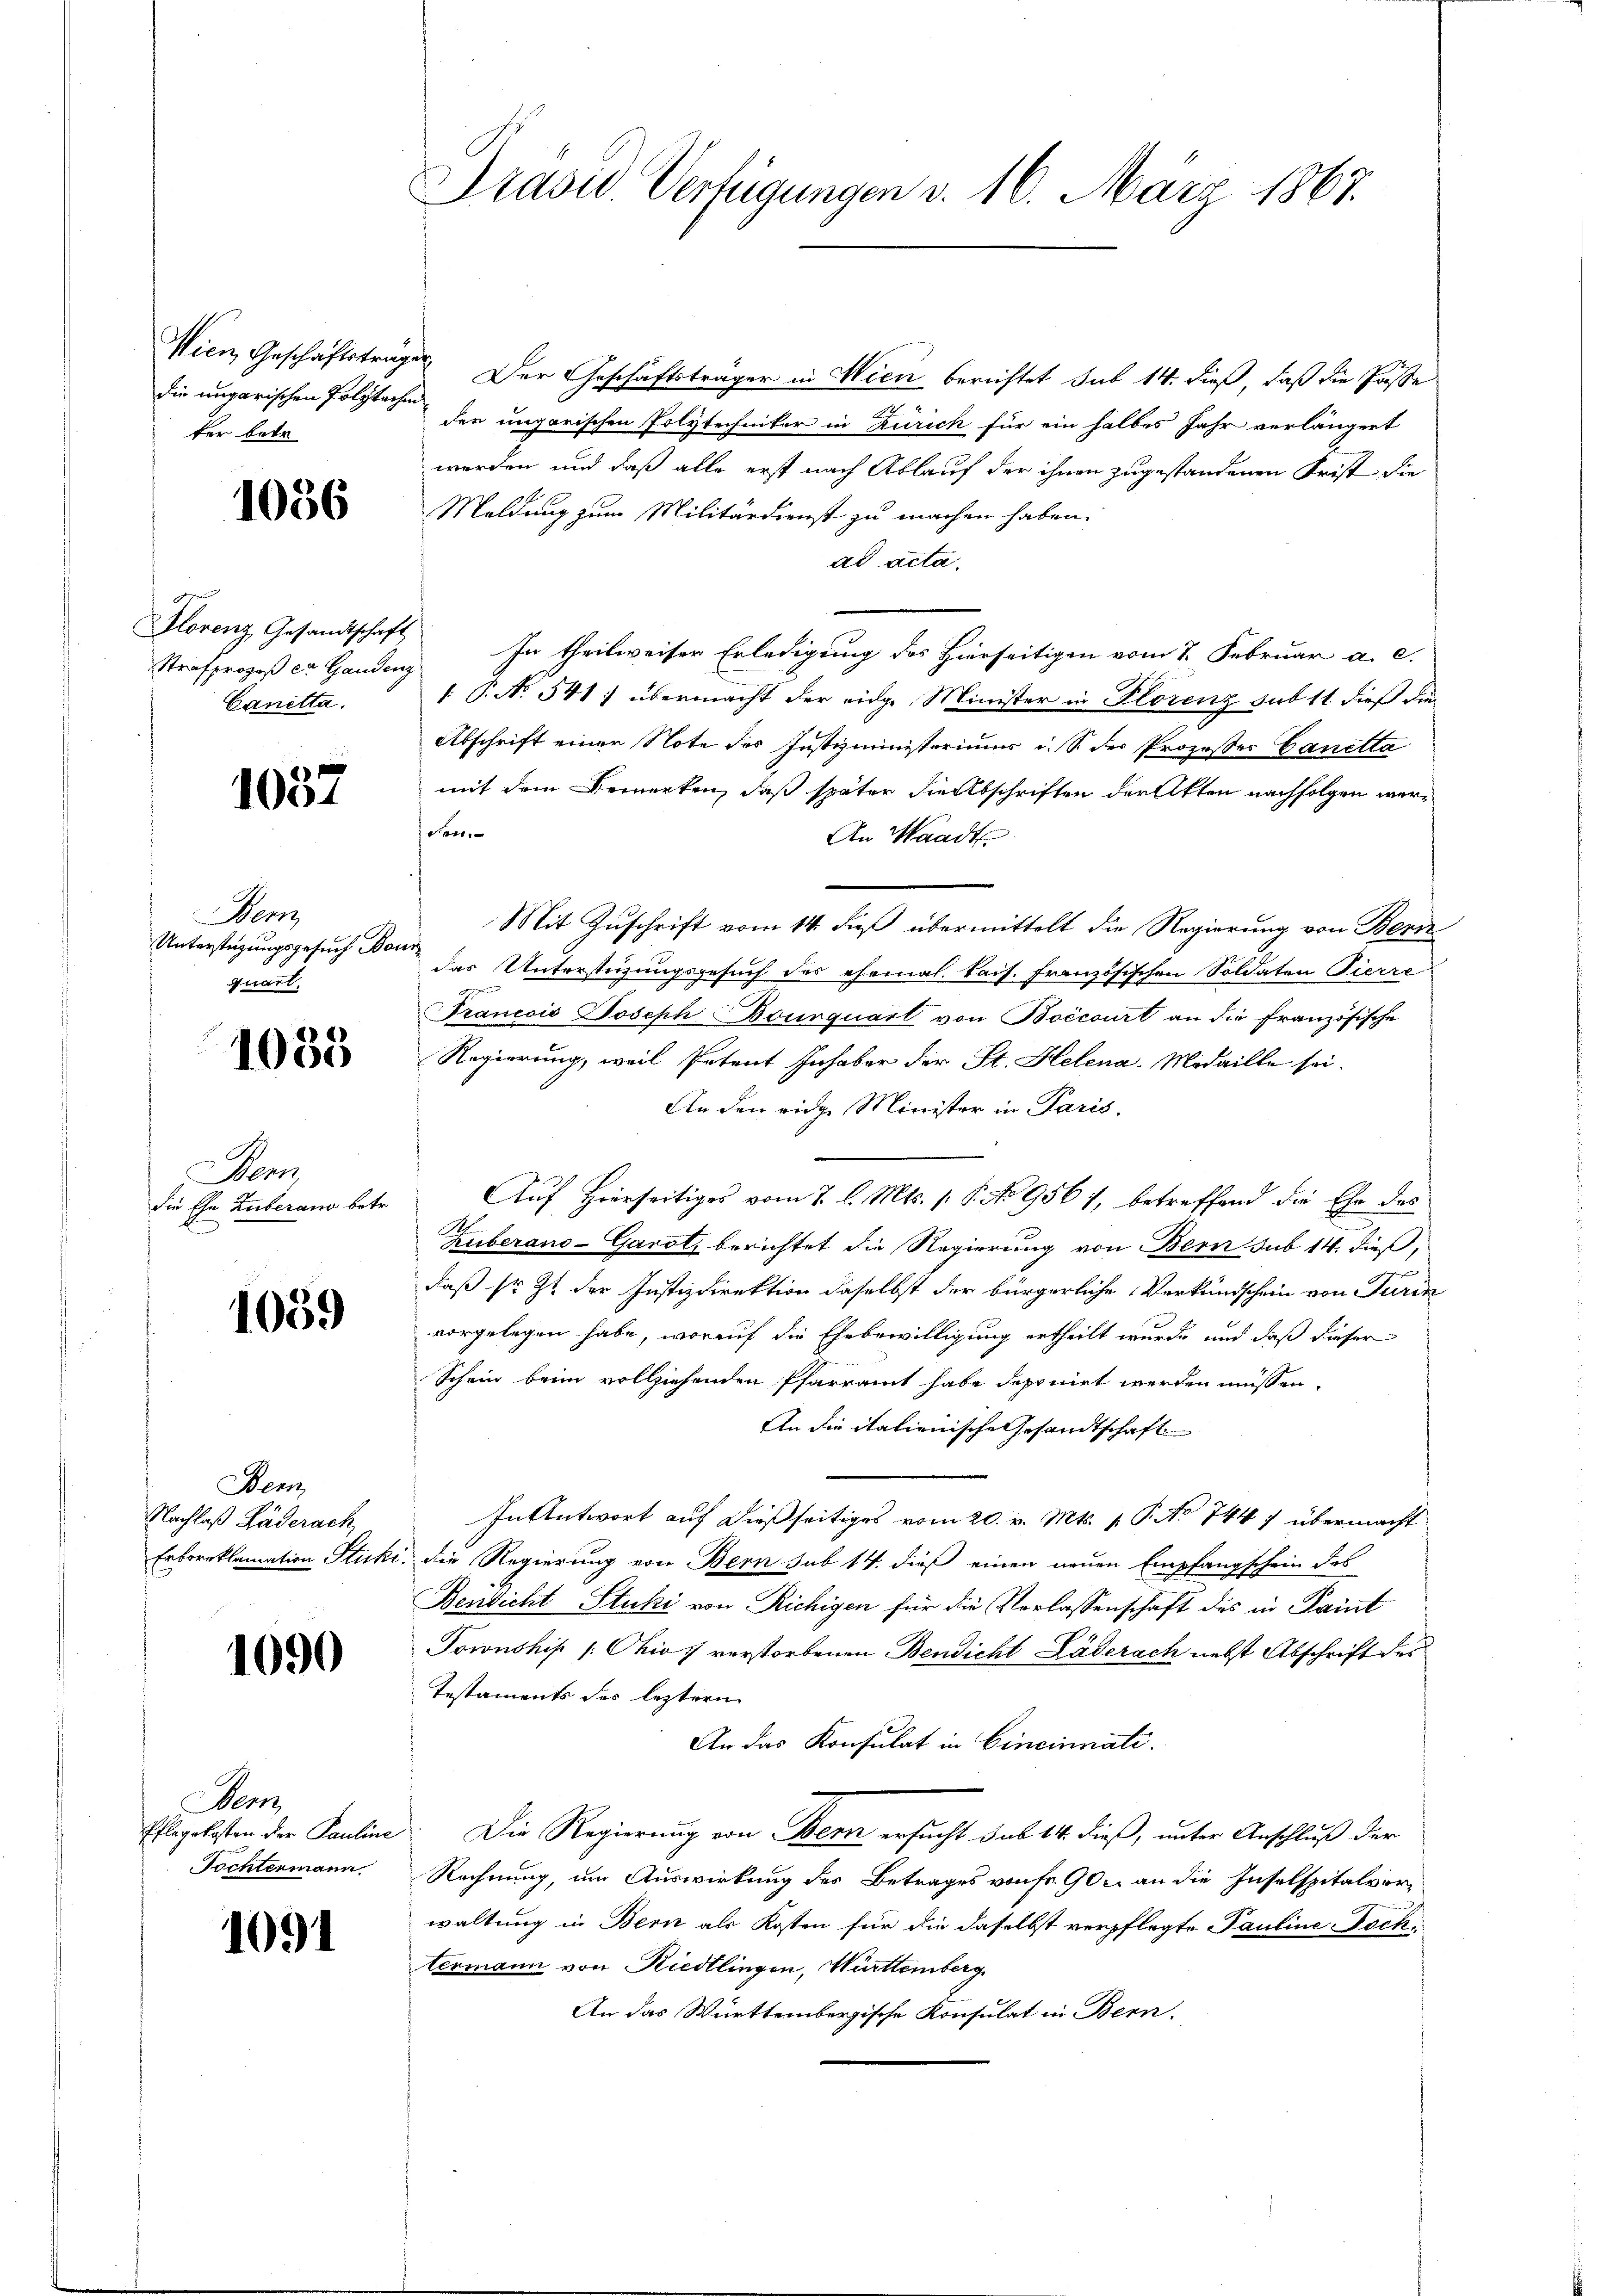
die ungarischen Polytechen
ter betr

Strafprozeß er Gandenz
Canetta.

1057

Manz
Unterstüzungsgesuch Bonn
quart.

1055

Aerz
die Ehe Zuberaus betr.
E

1059

Bem
Nachlaß Bäderach

1090

Mem

1091

Präsid. Verfügungen v. 16. März 1867.

Wien, Geschäftsträger Der Geschäftsträger in Wien berichtet sub 14. dieß, daß die Paste
der ungarischen Polytechniker in Zürich für ein halbes Jahr verlängert
werden und daß alle erst nach Ablauf der ihnen zugestandenen Frist die
 Meldung zum Militärdienst zu machen haben.
ad acta.
Florenz Gesandtschaft In theilweiser Erledigung des Hierseitigen vom 7. Februar a. c.
n
: P. N. 541) übermacht der eidge Minister in Florenz sub 11 dieß die
Abschrift einer Note des Justizministeriums u. S. der Prozesser Canetta
mit dem Bemerken, daß später die Abschriften der Akten nachfolgen werden
An Waadt
Mit Zuschrift vom 14. dieß übermittelt die Regierung von Bern
das Unterstüzungsgesuch des ehemal. kais. Französischen Soldaten Pierre
1
Francois Joseph Bourquart von Boecourt an die französische
Regierung, weil Petent Inhaber der St. Helena-Medaille sei.
An den eige Minister in Paris
Auf Hierseitiges vom 2. l. Mts. 1. P. No 956), betreffend die Ehe des
Huberano-Garoli berichtet die Regierung von Bern sub 14. dieß,
daß sr. Zt. der Justizdirektion daselbst der bürgerliche Verkundschein von Turin
vorgelegen habe, worauf die Ehebewilligung ertheilt wurde und daß dieser
aufleute
Schein beim vollziehenden Pfarramt habe deponirt werden müssen.
An die italienische Gesandtschaft
In Antwort auf dießseitiges vom 20. v. Mts. 1. P. No 744 1 übermacht
Erboreklamation Stucki, die Regierung von Bern sub 14. dieß einen neuen Empfangschein des
Bensicht Stucki von Richigen für die Verlassenschaft des in Paint
Township /: Ohio 1) verstorbenen Bendicht Läderach nebst Abschrift des
Testaments des leztern
An das Konsulat in Cincinnati
Pflegekosten der Pauline: Die Regierung von Bern ersucht sub 14. dieß, unter Anschluß der
Tochtermann. Rechnung, um Auswirkung des Betrages von fr. 900. an die Inselspitalvorwaltung in Bern als Kosten für die daselbst verpflegte Pauline Tochtermann von Riedtlingen, Württemberg
An das Württembergische Konsulat in Bern-